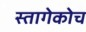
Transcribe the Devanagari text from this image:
स्तागेकोच